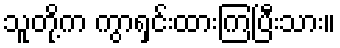
သူတို့က ကွာရှင်းထားကြပြီးသား။